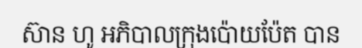
ស៊ាន ហូ អភិបាលក្រុងប៉ោយប៉ែត បាន